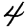
Digit: 4